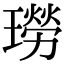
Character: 𤩂